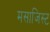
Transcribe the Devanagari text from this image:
मसाजिस्ट